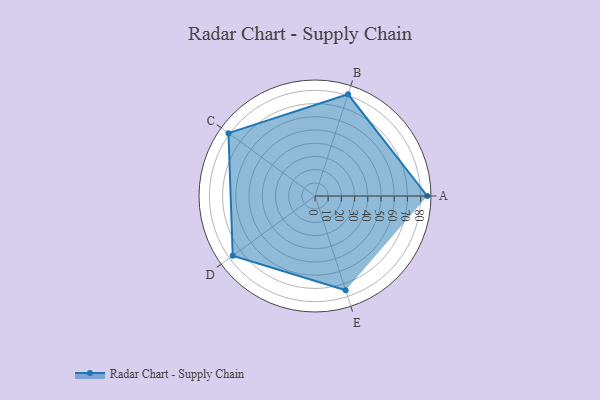
{"axis": {"x": "Skill", "y": "Score"}, "legend": ["Profile"], "data": [{"x": "A", "y": 85.0, "type": "Profile"}, {"x": "B", "y": 81.0, "type": "Profile"}, {"x": "C", "y": 81.0, "type": "Profile"}, {"x": "D", "y": 77.0, "type": "Profile"}, {"x": "E", "y": 75.0, "type": "Profile"}]}